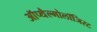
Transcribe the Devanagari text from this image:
ऑप्थैल्मोलॉजिस्ट